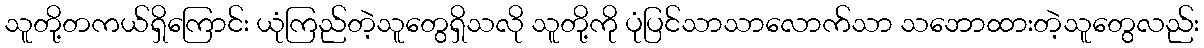
သူတို့တကယ်ရှိကြောင်း ယုံကြည်တဲ့သူတွေရှိသလို သူတို့ကို ပုံပြင်သာသာလောက်သာ သဘောထားတဲ့သူတွေလည်း